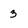
Character: 3